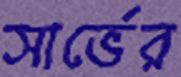
সার্ভের